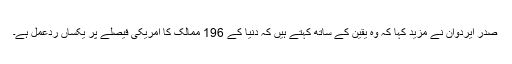
صدر ایردوان نے مزید کہا کہ وہ یقین کے ساتھ کہتے ہیں کہ دنیا کے 196 ممالک کا امریکی فیصلے پر یکساں ردعمل ہے۔